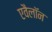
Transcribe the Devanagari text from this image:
एवैलॉन